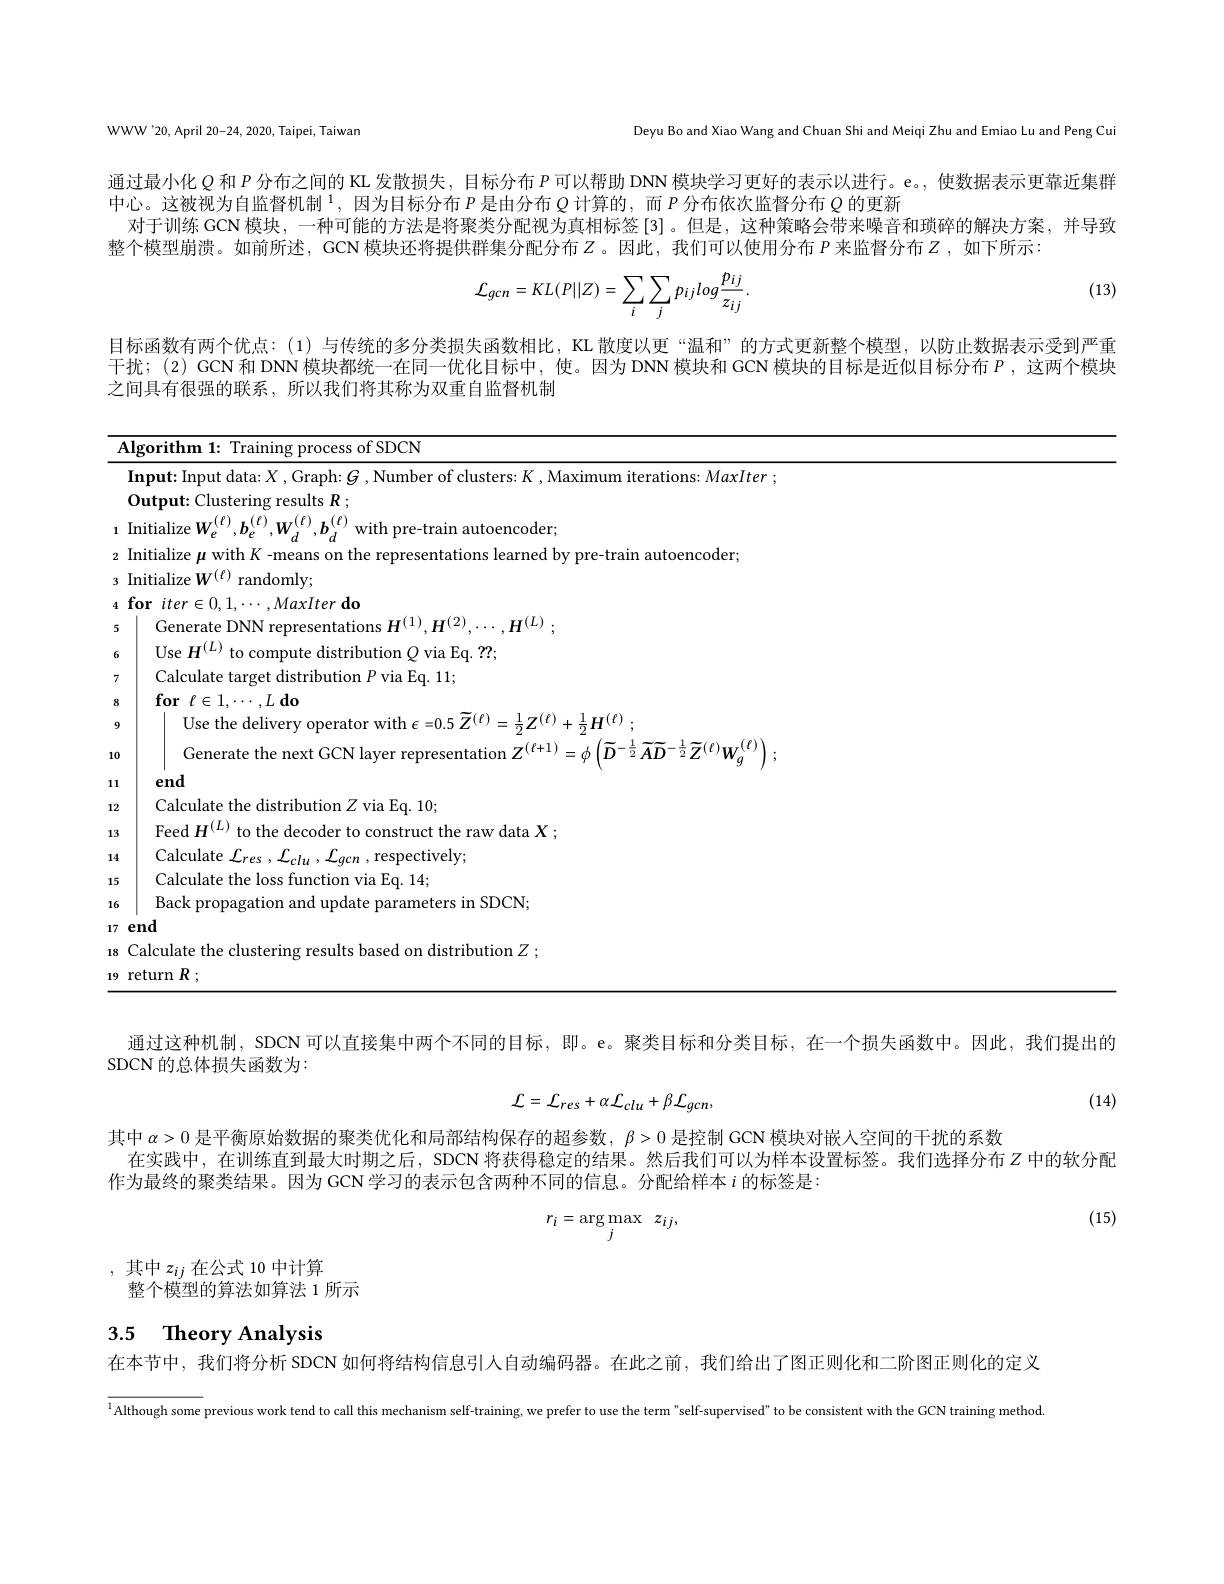
WWW'20, April 20-24, 2020, Taipei, Taiwan

Deyu Bo and Xiao Wang and Chuan Shi and Meiqi Zhu and Emiao Lu and Peng Cui

通过最小化$Q$和$P$分布之间的 KL 发散损失，目标分布$P$可以帮助 DNN 模块学习更好的表示以进行。e。, 使数据表示更靠近集群
中心。这被视为自监督机制$^{1}$,因为目标分布$P$是由分布$Q$计算的，而$P$分布依次监督分布$Q$的更新
对于训练 GCN 模块，一种可能的方法是将聚类分配视为真相标签[3] 。但是，这种策略会带来噪音和琐碎的解决方案，并导致
整个模型崩溃。如前所述，GCN 模块还将提供群集分配分布$Z$。因此，我们可以使用分布 $P$来监督分布 $Z$ ,如下所示：

(13)
$$\mathcal{L}_{gcn}=KL(P||Z)=\sum_{i}\sum_{j}p_{ij}log\frac{p_{ij}}{z_{ij}}.$$
目标函数有两个优点：(1)与传统的多分类损失函数相比，KL 散度以更“温和”的方式更新整个模型，以防止数据表示受到严重干扰；(2) GCN 和 DNN 模块都统一在同一优化目标中，使。因为 DNN 模块和 GCN 模块的目标是近似目标分布$P$,这两个模块之间具有很强的联系，所以我们将其称为双重自监督机制

<table>
	<tbody>
		<tr>
			<td>TI</td>
			<td>$l$gorithm 1: Training process of SDCN</td>
		</tr>
		<tr>
			<td> </td>
			<td>laxlter</td>
		</tr>
		<tr>
			<td> </td>
			<td>Output: Clustering results $R;$</td>
		</tr>
		<tr>
			<td>1</td>
			<td>$=\left(\left(T\right)\right)$ $\mathbf{W} ^{( \ell ) }$ $\mathbf{h} ^{( \ell ) }$ 11171a $\ddot{1}f$ pre-train autoencoder</td>
		</tr>
		<tr>
			<td>2</td>
			<td>C utoencoder</td>
		</tr>
		<tr>
			<td>3</td>
			<td>lnitializ anr domle</td>
		</tr>
		<tr>
			<td>4</td>
			<td>$do$</td>
		</tr>
		<tr>
			<td>5</td>
			<td>$H^{(L)}$ renera</td>
		</tr>
		<tr>
			<td>6</td>
			<td>27</td>
		</tr>
		<tr>
			<td>7</td>
			<td>farp</td>
		</tr>
		<tr>
			<td>8</td>
			<td>$10r$</td>
		</tr>
		<tr>
			<td>9</td>
			<td>Use the delive $-0.57(t)-2$ ${\frac{1}{\pi}}Z^{(\ell)}+{\frac{1}{\pi}}H^{(\ell)}$</td>
		</tr>
		<tr>
			<td>10</td>
			<td>Generate the next $7(t)$</td>
		</tr>
		<tr>
			<td>111 1 </td>
			<td>end</td>
		</tr>
		<tr>
			<td>12</td>
			<td>Calculate the distribution $Z$ via Eq. 10;</td>
		</tr>
		<tr>
			<td>13</td>
			<td>Feed $H^{( L) }$ e raw data $X;$</td>
		</tr>
		<tr>
			<td>14</td>
			<td>Calculate $\mathcal{L}_{res}$, $c_{qcn}$ ,respectively;</td>
		</tr>
		<tr>
			<td>15</td>
			<td>Calculate the loss function via Eq. 14;</td>
		</tr>
		<tr>
			<td>16</td>
			<td>Back propagation and update parameters in SDCN;</td>
		</tr>
		<tr>
			<td>17</td>
			<td>end</td>
		</tr>
		<tr>
			<td>18</td>
			<td>Calculate the $\rho\Upsilon$ rlusteri ults based on distribution $Z:$</td>
		</tr>
		<tr>
			<td>q T</td>
			<td>return</td>
		</tr>
	</tbody>
</table>

通过这种机制，SDCN 可以直接集中两个不同的目标，即。e。聚类目标和分类目标，在一个损失函数中。因此，我们提出的

SDCN 的总体损失函数为：

(14)
$$\mathcal{L}=\mathcal{L}_{res}+\alpha\mathcal{L}_{clu}+\beta\mathcal{L}_{gcn},$$
其中$\alpha>0$是平衡原始数据的聚类优化和局部结构保存的超参数，$\beta>0$是控制 GCN 模块对嵌人空间的干扰的系数
在实践中，在训练直到最大时期之后，SDCN 将获得稳定的结果。然后我们可以为样本设置标签。我们选择分布$Z$ 中的软分配
作为最终的聚类结果。因为 GCN 学习的表示包含两种不同的信息。分配给样本$i$的标签是：

(15)
$$r_i=\arg\max_j\:z_{ij},$$
,其中$z_ij$在公式 10 中计算
整个模型的算法如算法 1 所示

## 3.5 Theory Analysis

在本节中，我们将分析 SDCN 如何将结构信息引人自动编码器。在此之前，我们给出了图正则化和二阶图正则化的定义

$^{1}$Although some previous work tend to call this mechanism self-training, we prefer to use the term"self-supervised" to be consistent with the GCN training method